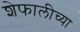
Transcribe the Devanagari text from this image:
शेफालीच्या